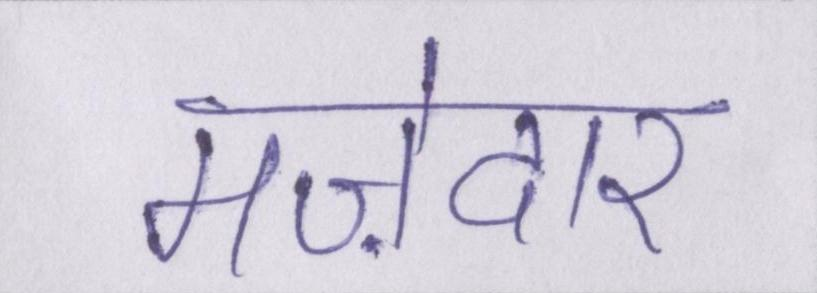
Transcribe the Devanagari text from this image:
मज़ेदार